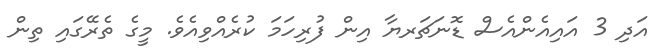
އަދި 3 އައިއެންއެސް ޑޮނަޗަރޔާ އިން ފުރިހަމަ ކުރެއްވިއެވެ. މީގެ ތެރޭގައި ތިން